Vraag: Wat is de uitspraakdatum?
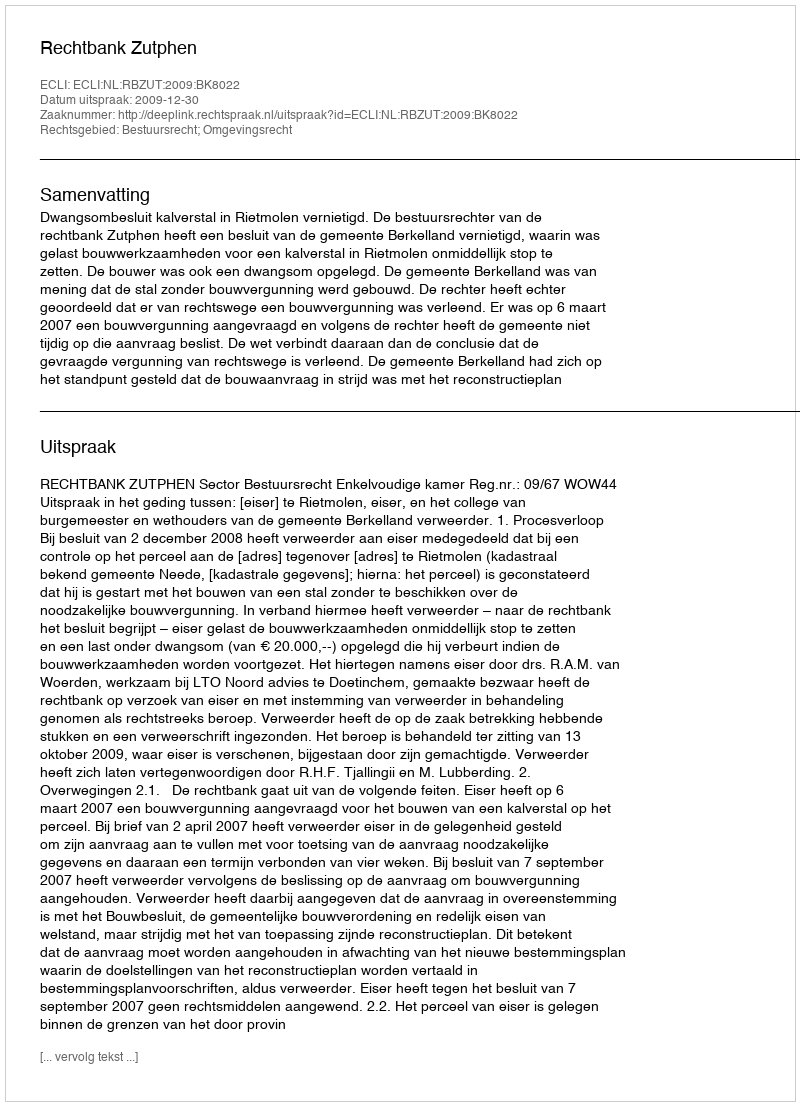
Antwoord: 2009-12-30